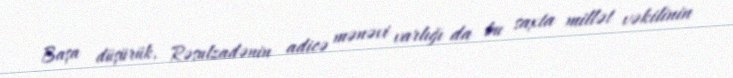
Başa düşürük, Rəsulzadənin adicə mənəvi varlığı da bu saxta millət vəkilinin